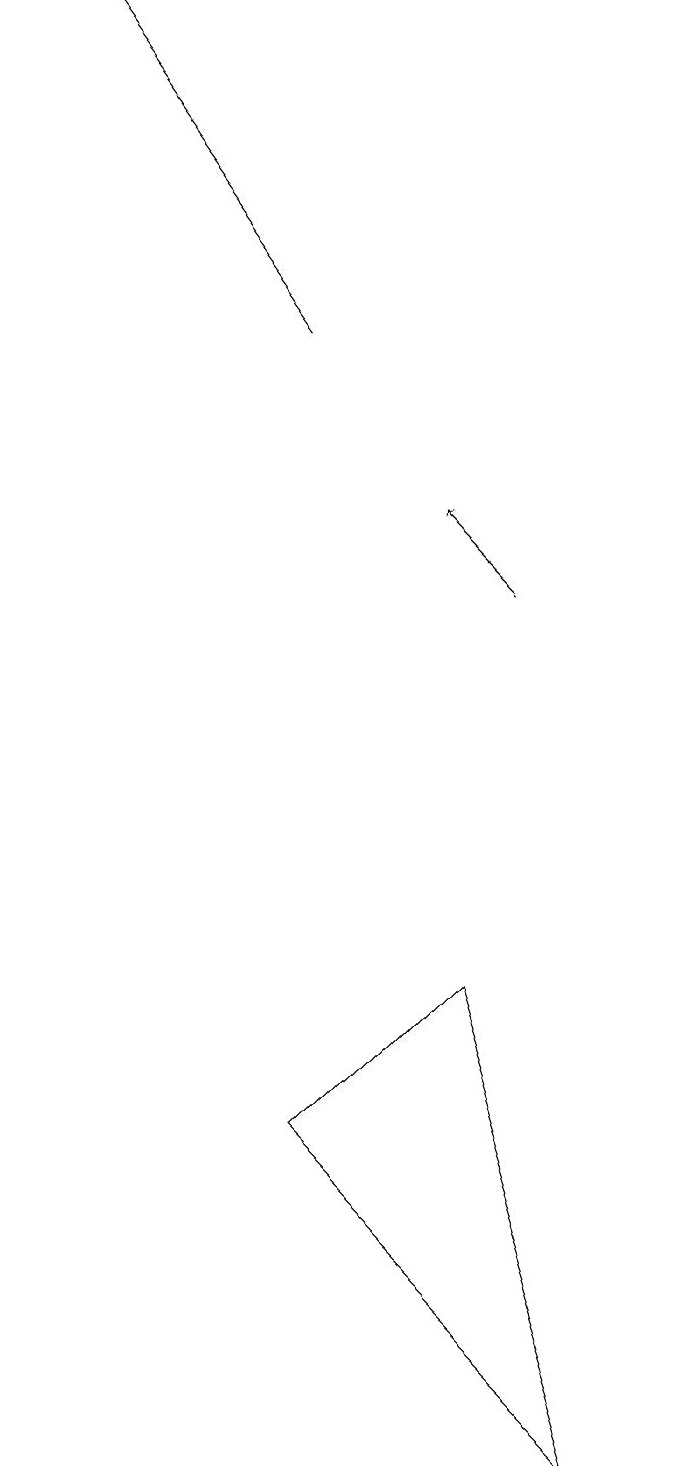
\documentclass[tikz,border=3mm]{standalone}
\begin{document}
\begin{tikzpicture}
\draw[->] (6,11) -- (5,12);
\draw (6,6) -- (4,4) -- (8,0) -- cycle;
\draw[->] (3,14) -- (0,18);
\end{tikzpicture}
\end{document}